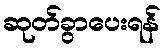
ဆုတ်ခွာပေးရန်